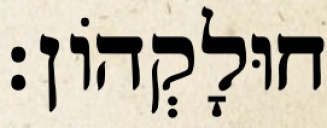
חוּלָקְהוֹן׃